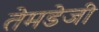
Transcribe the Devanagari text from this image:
तेमडेजी